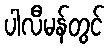
ပါလီမန်တွင်